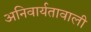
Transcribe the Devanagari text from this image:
अनिवार्यतावाली